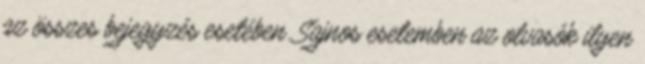
az összes bejegyzés esetében. Sajnos esetemben az olvasók ilyen